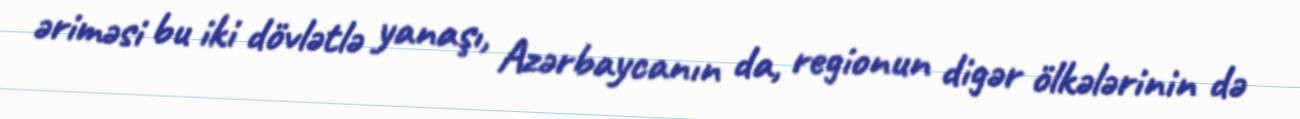
əriməsi bu iki dövlətlə yanaşı, Azərbaycanın da, regionun digər ölkələrinin də